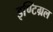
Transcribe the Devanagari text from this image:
इण्टिग्रल